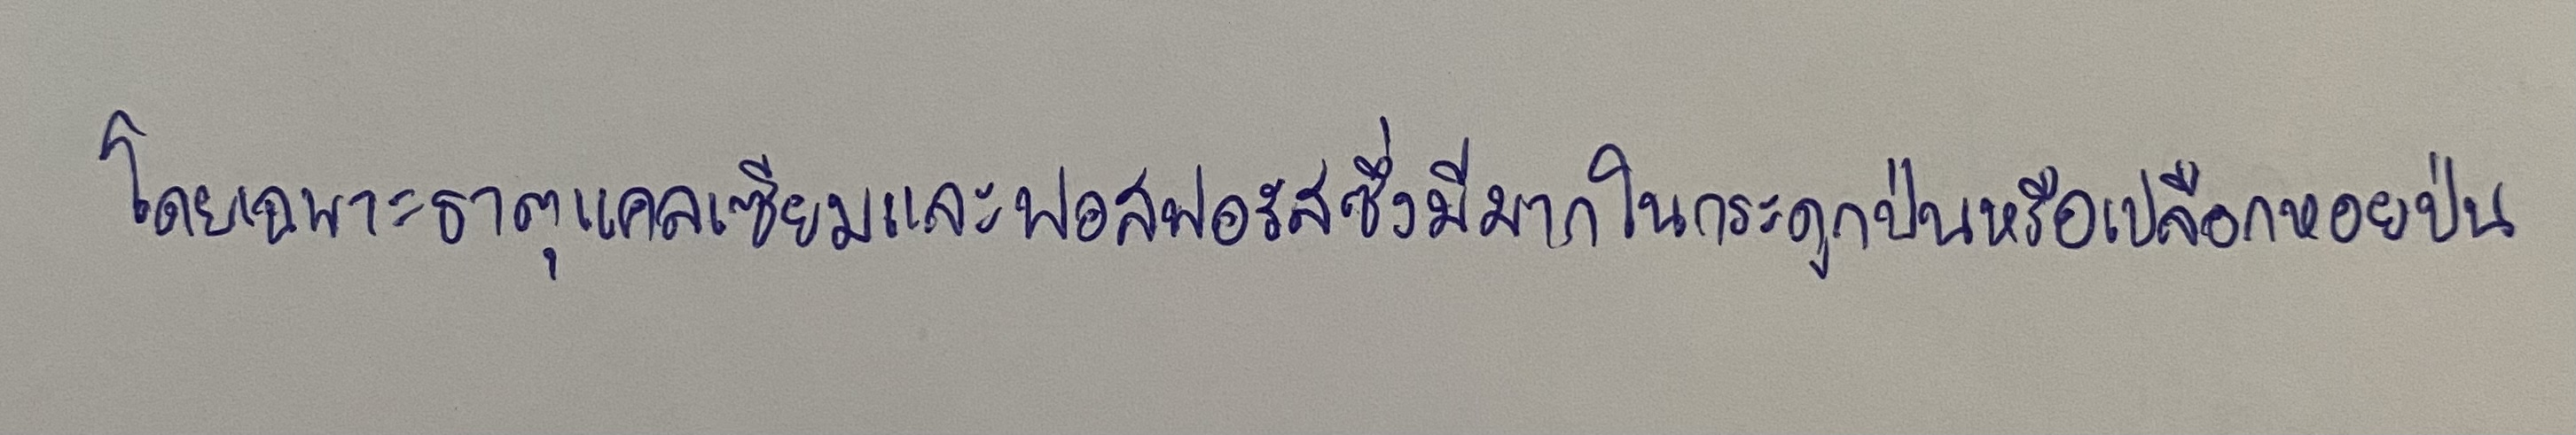
โดยเฉพาะธาตุแคลเซียมและฟอสฟอรัสซึ่งมีมากในกระดูกป่นหรือเปลือกหอยป่น